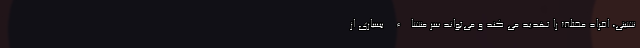
نشینی، افراد مختلف را تهدید می کند و می‌تواند سر منشاء بسیاری از